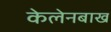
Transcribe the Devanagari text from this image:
केलेनबाख